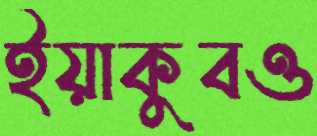
ইয়াকুবও